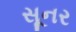
સૂનર